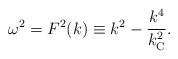
LaTeX: \begin{align*}\omega ^2=F^2(k)\equiv k^2-\frac{k^4}{k_{\rm C}^2}.\end{align*}